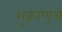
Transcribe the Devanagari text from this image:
शुक्रांणूचे